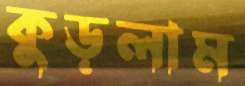
কুড়লাম